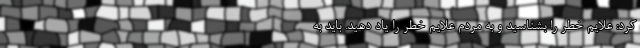
کرد: علایم خطر را بشناسید و به مردم علایم خطر را یاد دهید. باید به